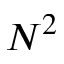
N ^ { 2 }